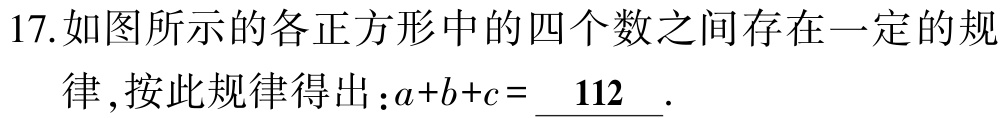
17.如图所示的各正方形中的四个数之间存在一定的规
律 ,按此规律得出：\(a + b + c=\underline{ 112}\).